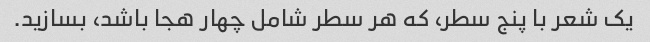
یک شعر با پنج سطر، که هر سطر شامل چهار هجا باشد، بسازید.